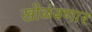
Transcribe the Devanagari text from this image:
खोळंबणार